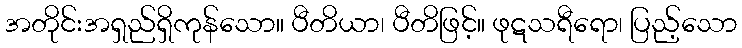
အတိုင်းအရှည်ရှိကုန်သော။ ပီတိယာ၊ ပီတိဖြင့်။ ဖုဋသရီရော၊ ပြည့်သော